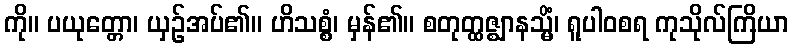
ကို။ ပယုတ္တော၊ ယှဉ်အပ်၏။ ဟိသစ္စံ၊ မှန်၏။ စတုတ္ထဇ္ဈာနသ္မိံ၊ ရူပါဝစရ ကုသိုလ်ကြိယာ